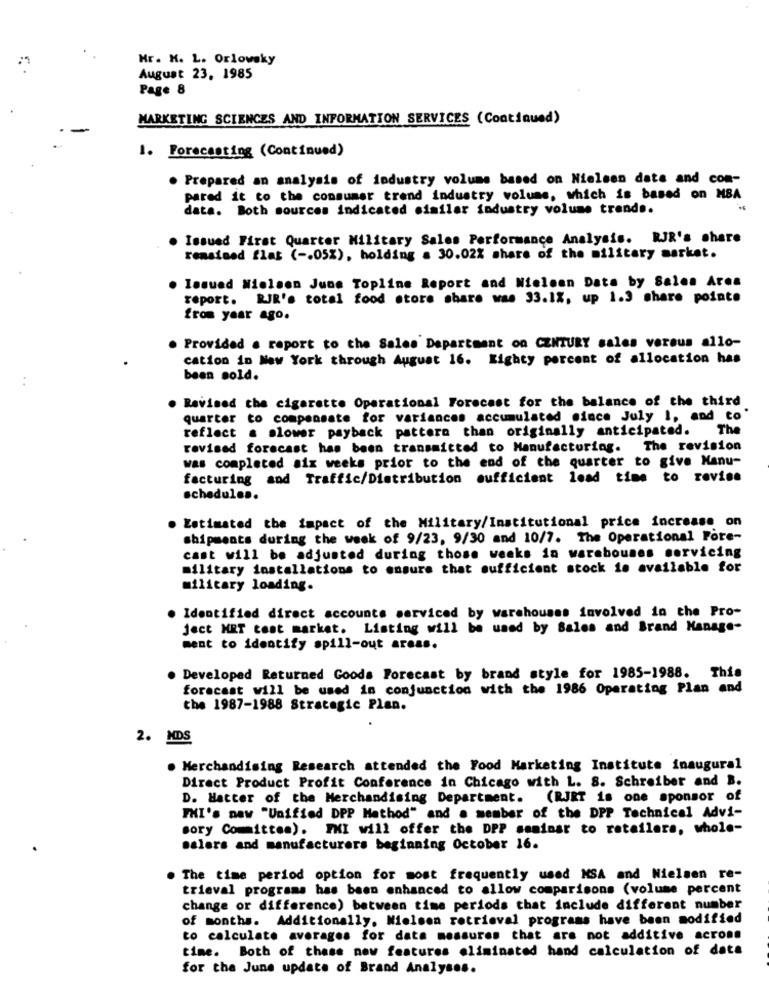
Hr. K. L. Orlowsky
August 23, 1985
Page 8
MARKETING SCIENCES AND INFORMATION SERVICES (Continued)
1. Forecasting (Continued)
. Prepared an analysis of industry volume based on Nielsen date and com-
pared it to the consumer trend industry volume, which is based on MBA
data. Both sources indicated similar industry volume trend ..
. Issued First Quarter Military Sales Performance Analysis. RJR's share
rensteed flat ( -. 05%), holding a 30.02% share of the military market.
Issued Nielsen June Topline Report and Nielsen Data by Sales Area
report. RJR's total food store share was 33.1%, up 1.3 share pointe
from year ago.
. Provided . report to the Sales Department on CENTURY sales versus allo-
cation in New York through August 16. Eighty percent of allocation has
..
been sold.
. Revised the cigarette Operational Forecast for the balance of the third
quarter to compensate for variances accumulated since July 1, and to'
reflect a slower payback pattern than originally anticipated.
The
revised forecast has been transmitted to Manufacturing. The revision
was completed six weeks prior to the end of the quarter to give Manu-
facturing and Traffic/Distribution sufficient lead time to revise
schedule ..
. Estimated the impact of the Military/Institutional price increase on
shipments during the week of 9/23, 9/30 and 10/7. The Operational Pore-
cast will be adjusted during those weeks in warehouses servicing
military installations to ensure that sufficient stock is available for
military loading.
Identified direct accounts serviced by warehouses involved in the Pro-
ject MRT test market. Listing will be used by Sales and Brand Manage-
ment to identify spill-out areas.
Developed Returned Goods Forecast by brand style for 1985-1988. This
foracast will be used in conjunction with the 1986 Operating Plan and
the 1987-1988 Strategic Plan.
2. MDS
. Merchandising Research attended the Food Marketing Institute inaugural
Direct Product Profit Conference in Chicago with L. S. Schreiber and B.
D. Hatter of the Merchandising Department. (RJRT is one sponsor of
FHI's new "Unified DPP Method" and a member of the DPP Technical Advi-
sory Committee). FHI will offer the DPP seminar to retailers, whole-
salers and manufacturers beginning October 16.
. The time period option for most frequently used MSA and Nielsen re-
trieval programs has been enhanced to allow comparisons (volume percent
change or difference) between time periods that include different number
of months. Additionally, Nielsen retrieval programs have been modified
to calculate averages for data measures that are not additive acrone
time. Both of these new features eliminated hand calculation of data
for the June update of Brand Analyses.